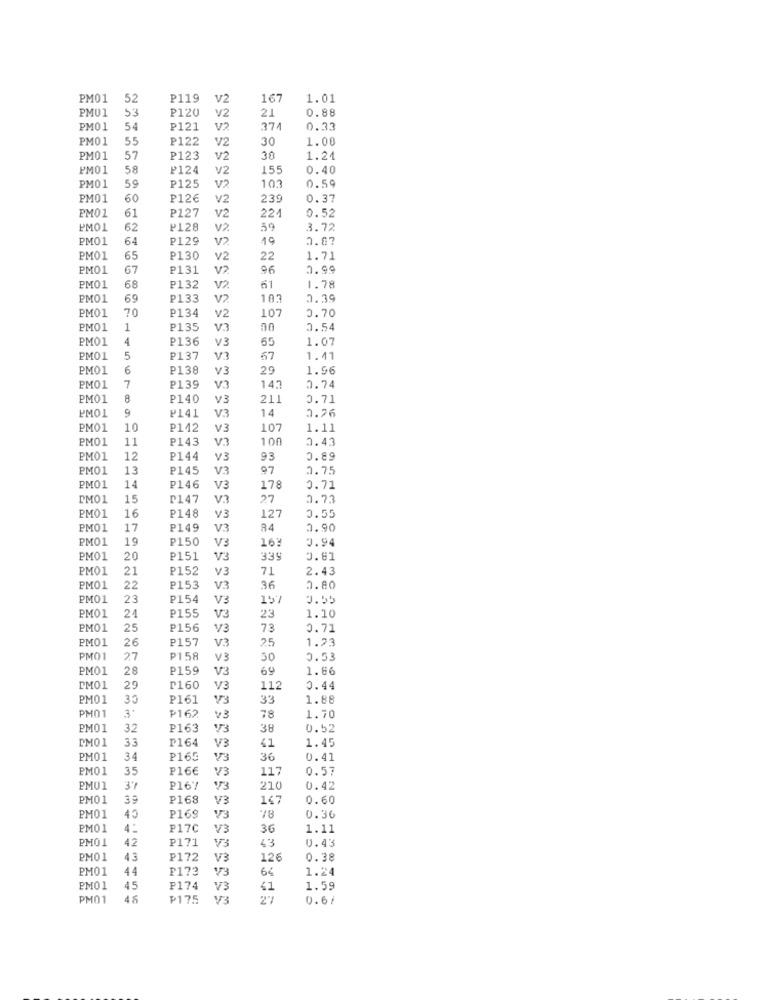
PM01
52
P119
V2
167
1.01
53
P120
0.88
PMU1
V2
21
PM01
54
P121
V2
374
0.33
PM01
55
P122
V2
30
1.00
PM01
57
P123
V2
38
1.24
PM01
58
P124
V2
155
0.40
103
0.59
PM01
59
₽125
V2
PM01
60
P126
v2
239
0.37
22/
0.52
PM01
61
P127
V2
62
P128
V2
59
3.72
PM01
64
P129
V2
19
0.07
PM01
65
P130
V2
22
1.71
PM01
67
P131
V2
96
2.99
51
PM01
68
₱132
V2
1.78
PM01
69
₽133
V2
183
2.30
PM01
70
P134
107
0.70
V2
PM01
₽135
v33
00
0.54
PMO1
4
P136
v3
55
1.07
PM01
5
P137
V3
67
1.41
PM01
6
P138
V3
29
1.96
PM01
7
P139
V3
143
0.74
PM01
8
P140
V3
211
0.71
PMOL
9
₱141
V3
14
0.26
PM01
10
P142
V3
107
1.11
PM01
11
P143
v33
100
0.43
PM01
12
P144
V3
93
0.89
PM01
13
P145
V3
97
2.75
PM01
14
₽146
V3
178
0.71
DM01
15
₪147
V.
27
2.73
16
0.55
PM01
P148
V3
127
PM01
17
₱149
V3
84
2.90
PM01
19
₽150
V3
16:
0.94
PM01
20
P151
V2
339
0.61
PM01
21
₽152
V3
71
2.43
PM01
22
P153
V3
36
2.80
PM01
23
₽154
V3
157
0.55
PM01
1.10
24
P155
V3
23
PM01
25
₱156
V3
73
0.71
PM01
₽157
V3
25
1.23
26
PM01
2.7
P158
V3
50
0.53
PM01
28
P159
V3
69
1.86
PM01
29
₪160
V3
112
0.44
PM01
30
P161
V3
33
1.88
PM01
3
₱162
v3
78
1.70
PM01
32
P163
V3
38
0.52
PM01
33
₱164
V3
1.45
41
PM01
34
P165
V3
36
0.41
PM01
35
P166
V3
117
0.57
PMU1
37
P167
73
210
0.42
PM01
39
₽168
V3
147
0.60
PM01
45
P169
78
0.36
PM01
P17C
V3
36
1.11
PM01
42
P171
43
0.43
V3
PMO1
43
₽172
V3
126
0.38
PM01
44
P173
V3
64
1.24
PM01
45
P174
V3
41
1.59
PM01
P175
2
0.6/